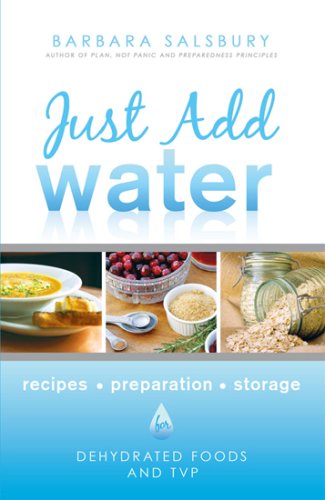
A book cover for Just Add Water How to Use Dehydrated Food and TVP; Barbara G. Salsbury; Cookbooks, Food & Wine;